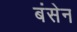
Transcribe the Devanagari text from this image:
बंसेन